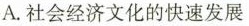
A.社会经济文化的快速发展